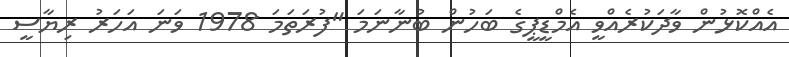
އެއްކޮޅުން ވާދަކުރެއްވީ އެމްޑީޕީގެ ބަހުން ބުނާނަމަ "ފުރަތަމަ 1978 ވަނަ އަހަރު ރިޔާސީ